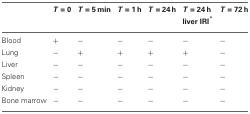
<table><thead><tr><td></td><td><b><i>T</i> = 0</b></td><td><b><i>T</i> = 5 min</b></td><td><b><i>T</i> = 1 h</b></td><td><b><i>T</i> = 24 h</b></td><td><b><i>T</i> = 24 h liver IRI<sup>*</sup></b></td><td><b><i>T</i> = 72 h</b></td></tr></thead><tbody><tr><td>Blood</td><td>+</td><td>−</td><td>−</td><td>−</td><td>−</td><td>−</td></tr><tr><td>Lung</td><td>−</td><td>+</td><td>+</td><td>+</td><td>+</td><td>−</td></tr><tr><td>Liver</td><td>−</td><td>−</td><td>−</td><td>−</td><td>−</td><td>−</td></tr><tr><td>Spleen</td><td>−</td><td>−</td><td>−</td><td>−</td><td>−</td><td>−</td></tr><tr><td>Kidney</td><td>−</td><td>−</td><td>−</td><td>−</td><td>−</td><td>−</td></tr><tr><td>Bone marrow</td><td>−</td><td>−</td><td>−</td><td>−</td><td>−</td><td>−</td></tr></tbody></table>